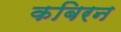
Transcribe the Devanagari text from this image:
कबिरन